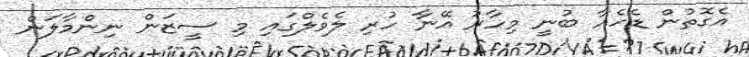
އެގޮތުން ޑެހެއާ ބުނީ މިހާރު އޭނާ ހުރި ލެވެލްގައި މި ސީޒަން ނިންމާލަން